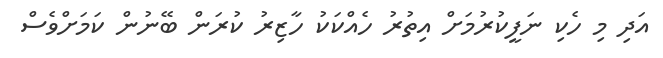
އަދި މި ހެކި ނަފީކުރުމަށް އިތުރު ހެއްކަކު ހާޒިރު ކުރަން ބޭނުން ކަމަށްވެސް